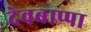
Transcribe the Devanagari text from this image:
देवबाप्पा